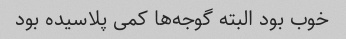
خوب بود البته گوجه‌ها کمی پلاسیده بود